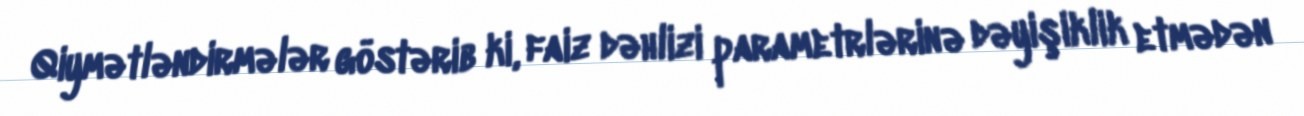
Qiymətləndirmələr göstərib ki, faiz dəhlizi parametrlərinə dəyişiklik etmədən